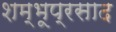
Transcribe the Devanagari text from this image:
शम्भूप्रसाद